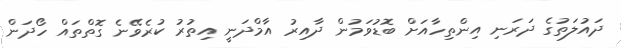
ދައުލަތުގެ ދަރަނި އިންތިހާއަށް ބޮޑުވަމުން ދާއިރު އާމްދަނީ އިތުރު ކުރެވޭނެ ގޮތްތައް ހޯދަން